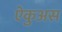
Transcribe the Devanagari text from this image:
ऐकुअस